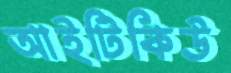
আইটিকিউ